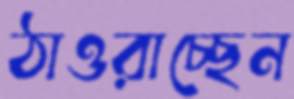
ঠাওরাচ্ছেন